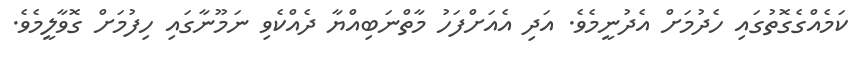
ކަމެއްގެގޮތުގައި ހެދުމަށް އެދުނީމެވެ. އަދި އެއަށްފަހު މާތްނަބިއްޔާ ދެއްކެވި ނަމޫނާގައި ހިފުމަށް ގޮވާލީމެވެ.